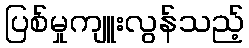
ပြစ်မှုကျူးလွန်သည့်